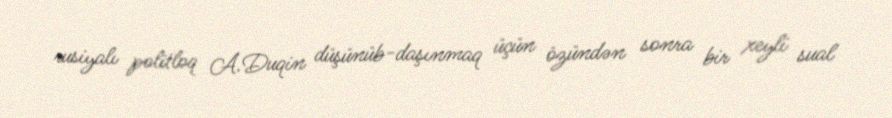
rusiyalı politloq A.Duqin düşünüb-daşınmaq üçün özündən sonra bir xeyli sual